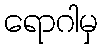
ရောဂါမှ